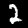
Label: 2